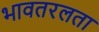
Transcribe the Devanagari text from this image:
भावतरलता